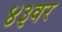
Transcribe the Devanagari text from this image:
४३वर